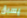
يسبق